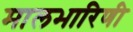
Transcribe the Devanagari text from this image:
मालभारिणी